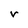
Character: r